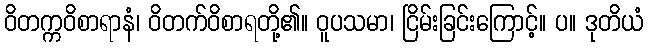
ဝိတက္ကဝိစာရာနံ၊ ဝိတက်ဝိစာရတို့၏။ ဝူပသမာ၊ ငြိမ်းခြင်းကြောင့်။ ပ။ ဒုတိယံ